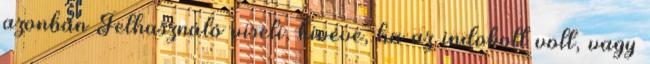
azonban Felhasználó viseli, kivéve, ha az indokolt volt, vagy